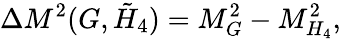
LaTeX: \Delta M^{2}(G,\tilde{H}_{4})=M_{G}^{2}-M_{H_{4}}^{2},